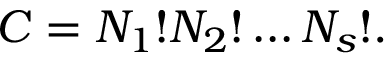
C = N _ { 1 } ! N _ { 2 } ! \ldots N _ { s } ! .